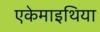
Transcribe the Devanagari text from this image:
एकेमाइथिया